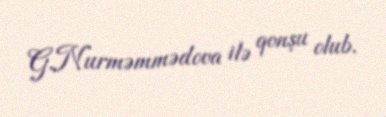
G.Nurməmmədova ilə qonşu olub.